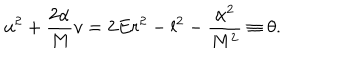
u ^ { 2 } + \frac { 2 \alpha } { M } v = 2 E r ^ { 2 } - l ^ { 2 } - \frac { \alpha ^ { 2 } } { M ^ { 2 } } \equiv \theta .